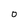
Character: 0